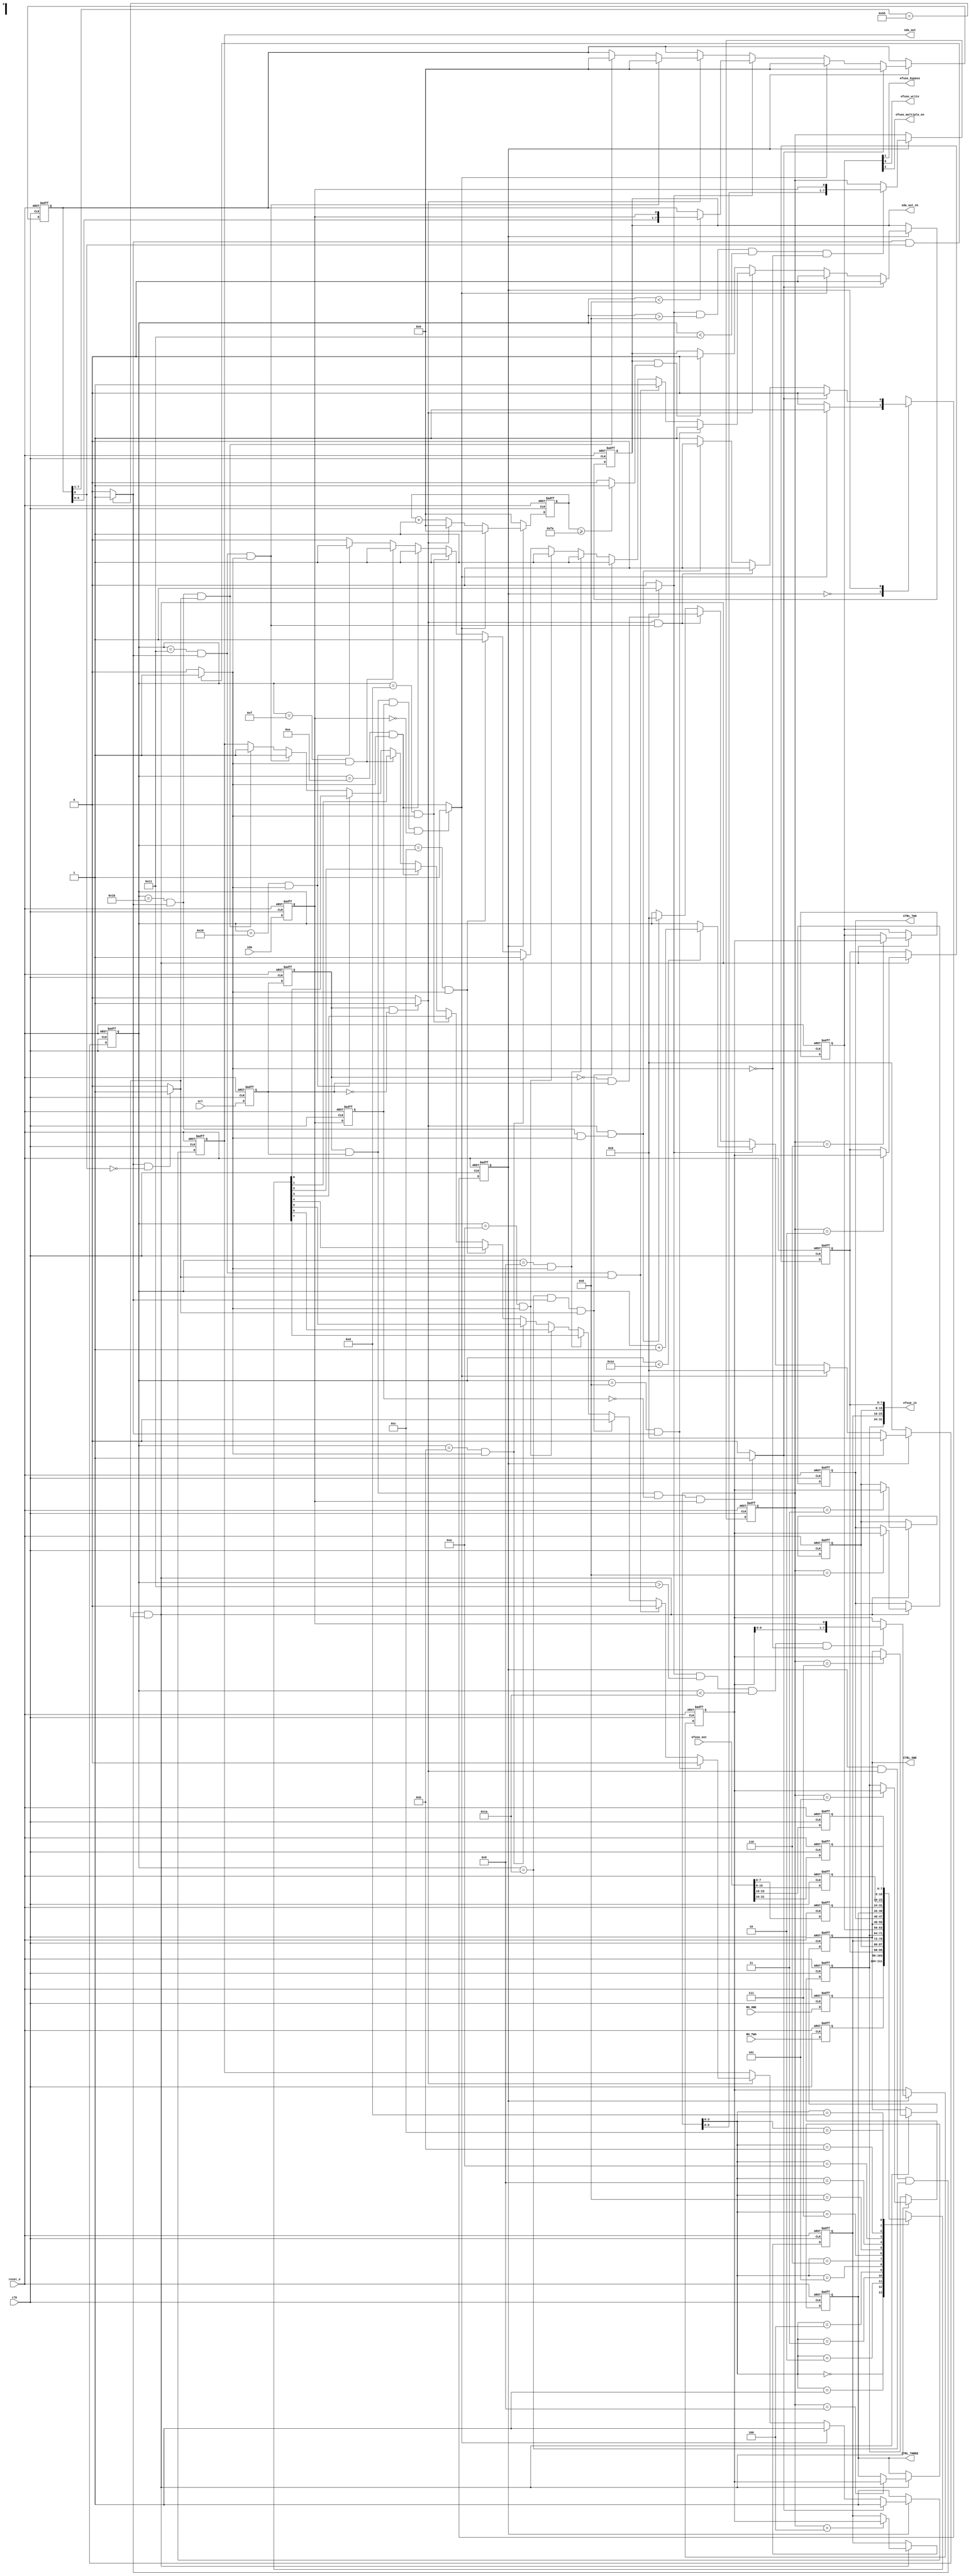
`timescale 1ns/1ps

module i2c  (
    input clk                   ,      //high freq sample clock, 2MHz and above
    input reset_n               ,
    
    input  [31:0] efuse_out     ,
    output [31:0] efuse_in      ,
    output efuse_bypass         ,
    output efuse_write          ,
    output  efuse_multiple_en ,  //enable the function to write efuse many times     //change 1
    //read only regs
    input [7:0] RO_ONE         ,
    input [7:0] RO_TWO         ,
//    input [7:0] RO_THREE       ,
//    input [7:0] RO_FOUR        ,
     
    output [7:0] CTRL_ONE       ,
    output [7:0] CTRL_TWO       ,
    output [7:0] CTRL_THREE     ,
//    output [7:0] CTRL_FOUR      ,
//    output [7:0] CTRL_FIVE      ,
//    output [7:0] CTRL_SIX       ,
//    output [7:0] CTRL_SEVEN     ,
//    output [7:0] CTRL_EIGHT     ,
//    output [7:0] CTRL_NINE      ,
//    output [7:0] CTRL_TEN       ,
//    output [7:0] CTRL_ELEVEN    ,
//    output [7:0] CTRL_TWELVE    ,
//    output [7:0] CTRL_THIRTEEN  ,
//    output [7:0] CTRL_FOURTEEN  ,
//    output [7:0] CTRL_FIFTEEN   ,
//    output [7:0] CTRL_SIXTEEN   ,
    
    // ========= I/O for Host==========================
    input scl                   ,
    input sda                   ,
    output reg sda_out          ,
    output reg sda_out_en
    );
    parameter I2C_IDLE = 0      ;
    parameter I2C_WORK = 1      ;
    parameter MAX_REGS = 14     ;
    parameter  [6:0] i2c_slave_addr = 7'b1010101;// to set i2c slave address
    
    //set initial value of regs
    parameter  [7:0] in_reg6    = 8'b0 ;
    parameter  [7:0] in_reg7    = 8'b0 ;
    parameter  [7:0] in_reg8    = 8'b0 ;
    parameter  [7:0] in_reg9    = 8'hff ;
//    parameter  [7:0] in_reg10   = 8'hff ;
    //read only regs for efuse_out
    parameter  [7:0] in_reg10   = 8'b0 ;
    parameter  [7:0] in_reg11   = 8'b0 ;
    parameter  [7:0] in_reg12   = 8'b0 ;
    parameter  [7:0] in_reg13   = 8'b0 ;
//    parameter  [7:0] in_reg17   = 8'h55;
//    parameter  [7:0] in_reg18   = 8'h55;
//    parameter  [7:0] in_reg19   = 8'h55;
//    parameter  [7:0] in_reg20   = 8'h55;
//    parameter  [7:0] in_reg21   = 8'hAA;
//    parameter  [7:0] in_reg22   = 8'hAA;
//    parameter  [7:0] in_reg23   = 8'hAA;
//    parameter  [7:0] in_reg24   = 8'hAA;
//    parameter  [7:0] in_reg25   = 8'hFF;
//    parameter  [7:0] in_reg26   = 8'hFF;
//    parameter  [7:0] in_reg27   = 8'hFF;
//    parameter  [7:0] in_reg28   = 8'hFF;
    
    wire  [7:0] EFUSE_IN_ONE  ;
    wire  [7:0] EFUSE_IN_TWO  ;
    wire  [7:0] EFUSE_IN_THREE;
    wire  [7:0] EFUSE_IN_FOUR ;
    wire  [7:0] EFUSE_CTRL    ;
    
    wire [7:0] read_data            ;       //i2c read translation
    
    reg [7:0] myregs[0:MAX_REGS-1]  ;//registers
    reg [7:0] addr                  ;                //register address

    reg [4:0] i                     ;
    reg [7:0] j                     ;
    reg [7:0] slave_addr            ;
    reg [7:0] data                  ;
    reg state                       ;
    reg n_state                     ;
    
    //signal conditioning, the clean signal would be sdain and sclin
    reg i2c_start       ;
    reg i2c_stop        ;
    reg scl_rise        ;
    reg scl_fall        ;
    reg i2c_set         ;
    reg i2c_get         ;
    reg slave_addr_match;
    reg scl_in, sda_in  ;
    reg scl_old, sda_old; 
    wire time_out       ;
    
    assign EFUSE_IN_ONE     = myregs[2] ;
    assign EFUSE_IN_TWO     = myregs[3] ;
    assign EFUSE_IN_THREE   = myregs[4];
    assign EFUSE_IN_FOUR    = myregs[5];
    assign EFUSE_CTRL       = myregs[6];
    assign CTRL_ONE         = myregs[7];
    assign CTRL_TWO         = myregs[8];
    assign CTRL_THREE       = myregs[9];
//    assign CTRL_FOUR        = myregs[10];
//    assign CTRL_FIVE        = myregs[17];
//    assign CTRL_SIX         = myregs[18];
//    assign CTRL_SEVEN       = myregs[19];
//    assign CTRL_EIGHT       = myregs[20];
//    assign CTRL_NINE        = myregs[21];
//    assign CTRL_TEN         = myregs[22];
//    assign CTRL_ELEVEN      = myregs[23];
//    assign CTRL_TWELVE      = myregs[24];
//    assign CTRL_THIRTEEN    = myregs[25];
//    assign CTRL_FOURTEEN    = myregs[26];
//    assign CTRL_FIFTEEN     = myregs[27];
//    assign CTRL_SIXTEEN     = myregs[28];
    
    assign read_data = myregs[addr[7:0]];
    assign time_out = (j >= 8'd250) ? 1'b1 : 1'b0;    //No response for a long time
    assign efuse_in = {EFUSE_IN_FOUR,EFUSE_IN_THREE,EFUSE_IN_TWO,EFUSE_IN_ONE};
    assign efuse_write  = EFUSE_CTRL[0];
    assign efuse_bypass = EFUSE_CTRL[1];
	assign efuse_multiple_en = EFUSE_CTRL[2]; //change2
    
    /*************************FSM*************************/
    always @(posedge clk or negedge reset_n)begin
        if(!reset_n) begin
            state <= I2C_IDLE;
        end
        else begin
            state <= n_state;
        end
    end
    
    always @(*) begin
        n_state = state;
        case(state)
            I2C_IDLE:begin
                if(i2c_start == 1'b1)
                    n_state = I2C_WORK;
                else
                    n_state = state;
            end
            I2C_WORK:begin
                if(i2c_stop == 1'b1)
                    n_state = I2C_IDLE;
                else if ((scl_fall == 1'b1)&&(i==5'd17 && slave_addr_match && i2c_get))
                    n_state = I2C_IDLE;
                else if ((scl_fall == 1'b1)&&(i==5'd27 && slave_addr_match && i2c_get))
                    n_state = I2C_IDLE;
                else
                    n_state = state ;
            end        
            default: n_state = I2C_IDLE;
        endcase
    end
    
    always @(posedge clk or negedge reset_n) begin
        if (!reset_n) begin
                myregs[0]  <= 8'd0     ;
                myregs[1]  <= 8'd0     ;
                myregs[2]  <= 8'd0     ;
                myregs[3]  <= 8'd0     ;
                myregs[4]  <= 8'd0     ;
                myregs[5]  <= 8'd0     ;
                myregs[6]  <= in_reg6  ;
                myregs[7]  <= in_reg7  ;
                myregs[8]  <= in_reg8  ;
                myregs[9]  <= in_reg9  ;
                myregs[10] <= in_reg10 ;
                myregs[11] <= in_reg11 ;
                myregs[12] <= in_reg12 ;
                myregs[13] <= in_reg13 ;
//                myregs[14] <= in_reg14 ; 
//                myregs[15] <= in_reg15 ;
//                myregs[16] <= in_reg16 ;
//                myregs[17] <= in_reg17 ;
//                myregs[18] <= in_reg18 ;
//                myregs[19] <= in_reg19 ;
//                myregs[20] <= in_reg20 ;
//                myregs[21] <= in_reg21 ; 
//                myregs[22] <= in_reg22 ;
//                myregs[23] <= in_reg23 ; 
//                myregs[24] <= in_reg24 ;           
//                myregs[25] <= in_reg25 ; 
//                myregs[26] <= in_reg26 ;
//                myregs[27] <= in_reg27 ; 
//                myregs[28] <= in_reg28 ;     
        end
        else begin
            myregs[0] <= RO_ONE             ;
            myregs[1] <= RO_TWO             ;            
            myregs[10] <= efuse_out[7:0]     ;
            myregs[11] <= efuse_out[15:8]    ;            
            myregs[12] <= efuse_out[23:16]   ;
            myregs[13] <= efuse_out[31:24]   ;
//            myregs[6] <= RO_THREE           ;
//            myregs[7] <= RO_FOUR            ;
            
            //I2C write, only write to non read only ones
           if((state==I2C_WORK)&&(scl_fall == 1'b1)&&(i==5'd26) && (i2c_set))begin        
                case(addr) 
                    8'd2 :  myregs[2]  <= data;
                    8'd3 :  myregs[3]  <= data;
                    8'd4 :  myregs[4]  <= data;
                    8'd5 :  myregs[5]  <= data;
                    8'd6 :  myregs[6]  <= data;
                    8'd7 :  myregs[7]  <= data;
                    8'd8 :  myregs[8]  <= data;
                    8'd9 :  myregs[9]  <= data;
//                    8'd10:  myregs[10] <= data;				    
//                    8'd13:  myregs[13] <= data;
//                    8'd14:  myregs[14] <= data;
//                    8'd15:  myregs[15] <= data;
//                    8'd16:  myregs[16] <= data;
//                    8'd17:  myregs[17] <= data;
//                    8'd18:  myregs[18] <= data;
//                    8'd19:  myregs[19] <= data;
//                    8'd20:  myregs[20] <= data;
//                    8'd21:  myregs[21] <= data;
//                    8'd22:  myregs[22] <= data;
//                    8'd23:  myregs[23] <= data;
//                    8'd24:  myregs[24] <= data;
//                    8'd25:  myregs[25] <= data;
//                    8'd26:  myregs[26] <= data;
//                    8'd27:  myregs[27] <= data;
//                    8'd28:  myregs[28] <= data;		        
                endcase				    
           end        
        end  
    end

    always @(posedge clk or negedge reset_n)begin
        if (reset_n == 1'b0) begin
            scl_in <= 1'b0; 
            sda_in <= 1'b0;
        end
        else begin
            scl_in <= scl;
            sda_in <= sda;
        end
    end
    
    always @(posedge clk or negedge reset_n)begin
        if (reset_n == 1'b0) begin
            scl_old <= 1'b0; 
            sda_old <= 1'b0;
        end
        else begin
            scl_old <= scl_in; 
            sda_old <= sda_in;
        end
    end
    
    // conditions
    always @(*) begin
        if(scl_old==1'b1 && scl_in ==1'b1 && sda_old ==1'b1 && sda_in == 1'b0) 
            i2c_start = 1'b1; 
        else 
            i2c_start = 1'b0;
        if(scl_old==1'b1 && scl_in ==1'b1 && sda_old ==1'b0 && sda_in == 1'b1) 
            i2c_stop = 1'b1; 
        else 
            i2c_stop = 1'b0;
        if(scl_old == 1'b0 && scl_in == 1'b1) 
            scl_rise = 1'b1; 
        else 
            scl_rise = 1'b0;
        if(scl_old == 1'b1 && scl_in == 1'b0) 
            scl_fall = 1'b1; 
        else 
            scl_fall = 1'b0;
    end
      
    //conditions
    always @(*) begin
        if (slave_addr[7:1] == i2c_slave_addr) 
            slave_addr_match = 1'b1; 
        else 
            slave_addr_match = 1'b0;
        if (slave_addr_match && slave_addr[0] == 1'b1) //read
            i2c_get = 1'b1; 
        else 
            i2c_get = 1'b0;
        if (slave_addr_match && slave_addr[0] == 1'b0) //write
            i2c_set = 1'b1; 
        else 
            i2c_set = 1'b0;
    end
    
    
    //  bit counts  
    //  SCL 0-7: slave_addr
    //  SCL 8: ACK
    //  SCL 9,10,11,12,13,14,15,16: I2C addr
    //  SCL 17: ACK
    //  SCL 18,19,20,21,22,23,24,25: I2C data
    //  SCL 26: ACK    end session:
    always @(posedge clk or negedge reset_n)begin
        if(!reset_n)begin
            i <= 5'd0;
        end
        else begin
            if(state==I2C_WORK)begin
                if (i2c_stop == 1'b1)
                    i <= 5'd0;
                else if(i2c_start == 1'b1)
                    i <= 5'd0;
                else if (scl_rise == 1'b1)begin
                    if ( i<5'd30 )
                        i <= i + 5'd1;
                end
                else if ((scl_fall == 1'b1)&&(i==5'd17 && slave_addr_match && i2c_get)) 
                    i <= 5'd0;
                else if ((scl_fall == 1'b1)&&(i==5'd27 && slave_addr_match && i2c_get)) // 
                    i <= 5'd0;
            end
            else if(state==I2C_IDLE)begin
                i <= 5'd0;
                if (i2c_start == 1'b1)
                    i <= 5'd0;
            end
        end
    end
    
    //timer
    always @(posedge clk or negedge reset_n)begin
        if(!reset_n) begin
            j <= 8'd0;
        end
        else begin
            if( state==I2C_IDLE)
                j <= 8'd0;
            else if( state==I2C_WORK)begin
                if (i2c_start == 1'b1)
                    j <= 8'd0;
                else if (scl_fall == 1'b1)
                    j <= 8'd0;
                else
                    j <= j+8'd1;
            end
        end
    end
    
    //sda_out
    always @(posedge clk or negedge reset_n) begin
        if(!reset_n)begin
            sda_out <= 1'b0;
        end
        else begin
            if(state==I2C_IDLE)
                sda_out <= 1'b1;
            else if( state==I2C_WORK)begin
                if (i2c_stop == 1'b1)
                    sda_out <= 1'b1;
                else if (i2c_start == 1'b1)
                    sda_out <= 1'b1;
                else if (scl_fall == 1'b1)begin
                    if (i==5'd8 && slave_addr_match)
                        sda_out <= 1'b0;
                    else if (i==5'd17 && slave_addr_match && i2c_set)
                        sda_out <= 1'b0;
                    else if (i==5'd26 && slave_addr_match && i2c_set)
                        sda_out <= 1'b0;
                    else if (i==5'd9 && i2c_get)
                        sda_out    <= read_data[7];
                    else if (i==5'd10 && i2c_get)
                        sda_out    <= read_data[6];
                    else if (i==5'd11 && i2c_get)
                        sda_out    <= read_data[5];
                    else if (i==5'd12 && i2c_get)
                        sda_out    <= read_data[4];
                    else if (i==5'd13 && i2c_get)
                        sda_out    <= read_data[3];
                    else if (i==5'd14 && i2c_get)
                        sda_out    <= read_data[2];
                    else if (i==5'd15 && i2c_get)
                        sda_out    <= read_data[1];
                    else if (i==5'd16 && i2c_get)
                        sda_out    <= read_data[0];
                    else if (i==5'd17 && slave_addr_match && i2c_get)
                        sda_out <= 1'b1;
                    else if (i==5'd27 && slave_addr_match && i2c_set)
                        sda_out <= 1'b1;
                end              
            end      
        end
    end
    
    //receive reg data   
    always @(posedge clk or negedge reset_n) begin
        if(!reset_n)begin
            data <= 8'd0;    
        end
        else begin
            if(state==I2C_WORK)begin
                if ((scl_rise == 1'b1)&&(i>5'd17) && (i<5'd26)&&(i2c_get==0) )
                    data <= {data[6:0], sda_in};   
            end
        end
    end
    
    //receive reg addr 
    always @(posedge clk or negedge reset_n) begin
        if(!reset_n)begin
            addr <= 8'd0;    
        end
        else begin
            if(state==I2C_WORK)begin
                if ((scl_rise == 1'b1)&&(i>5'd8) && (i<5'd17)&&(i2c_get==0) )
                    addr <= {addr[6:0], sda_in};   
            end    
        end
    end
    
    //receive device addr 
    always @(posedge clk or negedge reset_n) begin
        if(!reset_n)begin
            slave_addr <= 8'd0;  
        end
        else begin
            if(state==I2C_WORK)begin
                if (i2c_stop == 1'b1) 
                    slave_addr <= 8'd0;
                else if (i2c_start == 1'b1)
                    slave_addr <= 8'd0;
                else if (scl_rise == 1'b1)begin
                    if(i<5'd8)begin
                        slave_addr <= {slave_addr[6:0], sda_in};
                    end
                end
                else if (scl_fall == 1'b1)begin
                    if (i==5'd17 && slave_addr_match && i2c_get)
                        slave_addr <= 8'd0;
                    else if (i==5'd27 && slave_addr_match && i2c_set)
                        slave_addr <= 8'd0;        
                end  
            end
        end
    end
    
    always @(posedge clk or negedge reset_n) begin
        if(!reset_n)begin
            sda_out_en <= 1'b0;
        end
        else begin
            if( state==I2C_WORK)begin           
                if (i2c_stop == 1'b1)
                    sda_out_en <= 1'b0;
                else if (i2c_start == 1'b1)
                    sda_out_en <= 1'b0;
                else if (scl_fall == 1'b1)begin
                    if (i==5'd8 && slave_addr_match)
                        sda_out_en <= 1'b1;
                    else if (i==5'd17 && slave_addr_match && i2c_set)
                        sda_out_en <= 1'b1;
                    else if (i==5'd26 && slave_addr_match && i2c_set)
                        sda_out_en <= 1'b1;
                    else if (i==5'd9 && i2c_get)
                        sda_out_en <= 1'b1;
                    else if (i==5'd10 && i2c_get)
                        sda_out_en <= 1'b1;
                    else if (i==5'd11 && i2c_get)
                        sda_out_en <= 1'b1;
                    else if (i==5'd12 && i2c_get)
                        sda_out_en <= 1'b1;
                    else if (i==5'd13 && i2c_get)
                        sda_out_en <= 1'b1;
                    else if (i==5'd14 && i2c_get)
                        sda_out_en <= 1'b1;
                    else if (i==5'd15 && i2c_get)
                        sda_out_en <= 1'b1;
                    else if (i==5'd16 && i2c_get)
                        sda_out_en <= 1'b1;
                    else if (i==5'd17 && slave_addr_match && i2c_get)
                        sda_out_en <= 1'b0;
                    else if (i==5'd27 && slave_addr_match && i2c_set)
                        sda_out_en <= 1'b0;
                    else 
                        sda_out_en <= 1'b0;
                end
                else if (sda_out_en && time_out)  
                    sda_out_en <= 1'b0;     
            end
        end
    end

endmodule